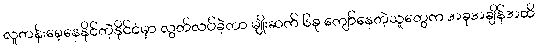
လူတန်းစေ့နေနိုင်တဲ့နိုင်ငံမှာ လွတ်လပ်ခဲ့တာ မျိုးဆက် ၆ခု ကျော်နေတဲ့သူတွေက အခုအချိန်အထိ